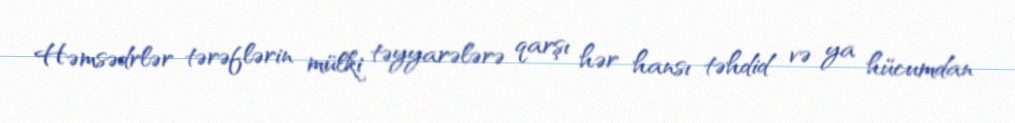
Həmsədrlər tərəflərin mülki təyyarələrə qarşı hər hansı təhdid və ya hücumdan